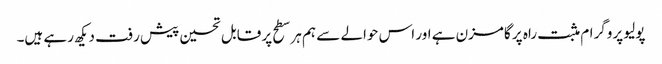
پولیو پروگرام مثبت راہ پر گامزن ہے اور اس حوالے سے ہم ہر سطح پر قابل تحسین پیش رفت دیکھ رہے ہیں۔